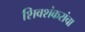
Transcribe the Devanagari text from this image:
शिवशंकरांचा